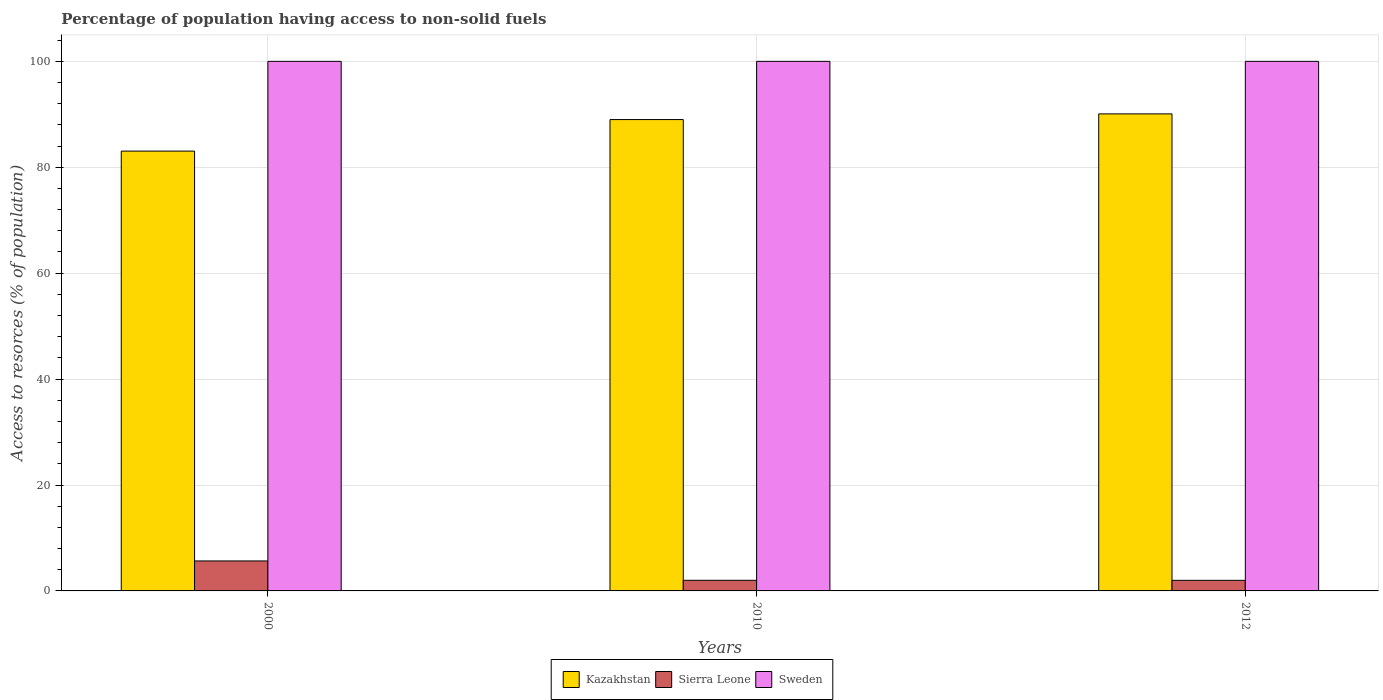
| Years | Kazakhstan | Sierra Leone | Sweden |
 | --- | --- | --- | --- |
 | 2000 | 83.1 | 5.66 | 100 |
 | 2010 | 89 | 2 | 100 |
 | 2012 | 90.1 | 2 | 100 |